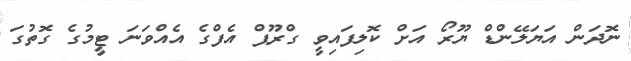
ނޮދަން އަޔަލޭންޑް ޔޫރޯ އަށް ކޮލިފައިވީ ގްރޫޕް އެފްގެ އެއްވަނަ ޓީމުގެ ގޮތުގަ